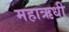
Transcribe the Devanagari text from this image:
महाऋधी